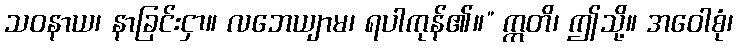
သဝနာယ၊ နာခြင်းငှာ။ လဘေယျာမ၊ ရပါကုန်၏။” ဣတိ၊ ဤသို့။ အဝေါစုံ၊